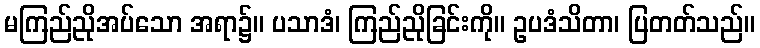
မကြည်ညိုအပ်သော အရာ၌။ ပသာဒံ၊ ကြည်ညိုခြင်းကို။ ဥပဒံသိတာ၊ ပြတတ်သည်။